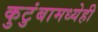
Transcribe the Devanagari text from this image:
कुटुंबामध्येही